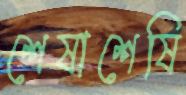
শেষাশেষি